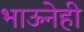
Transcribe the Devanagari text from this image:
भाऊनेही